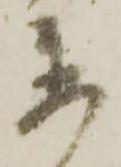
置